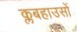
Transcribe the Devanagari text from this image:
क्लबहाउसों